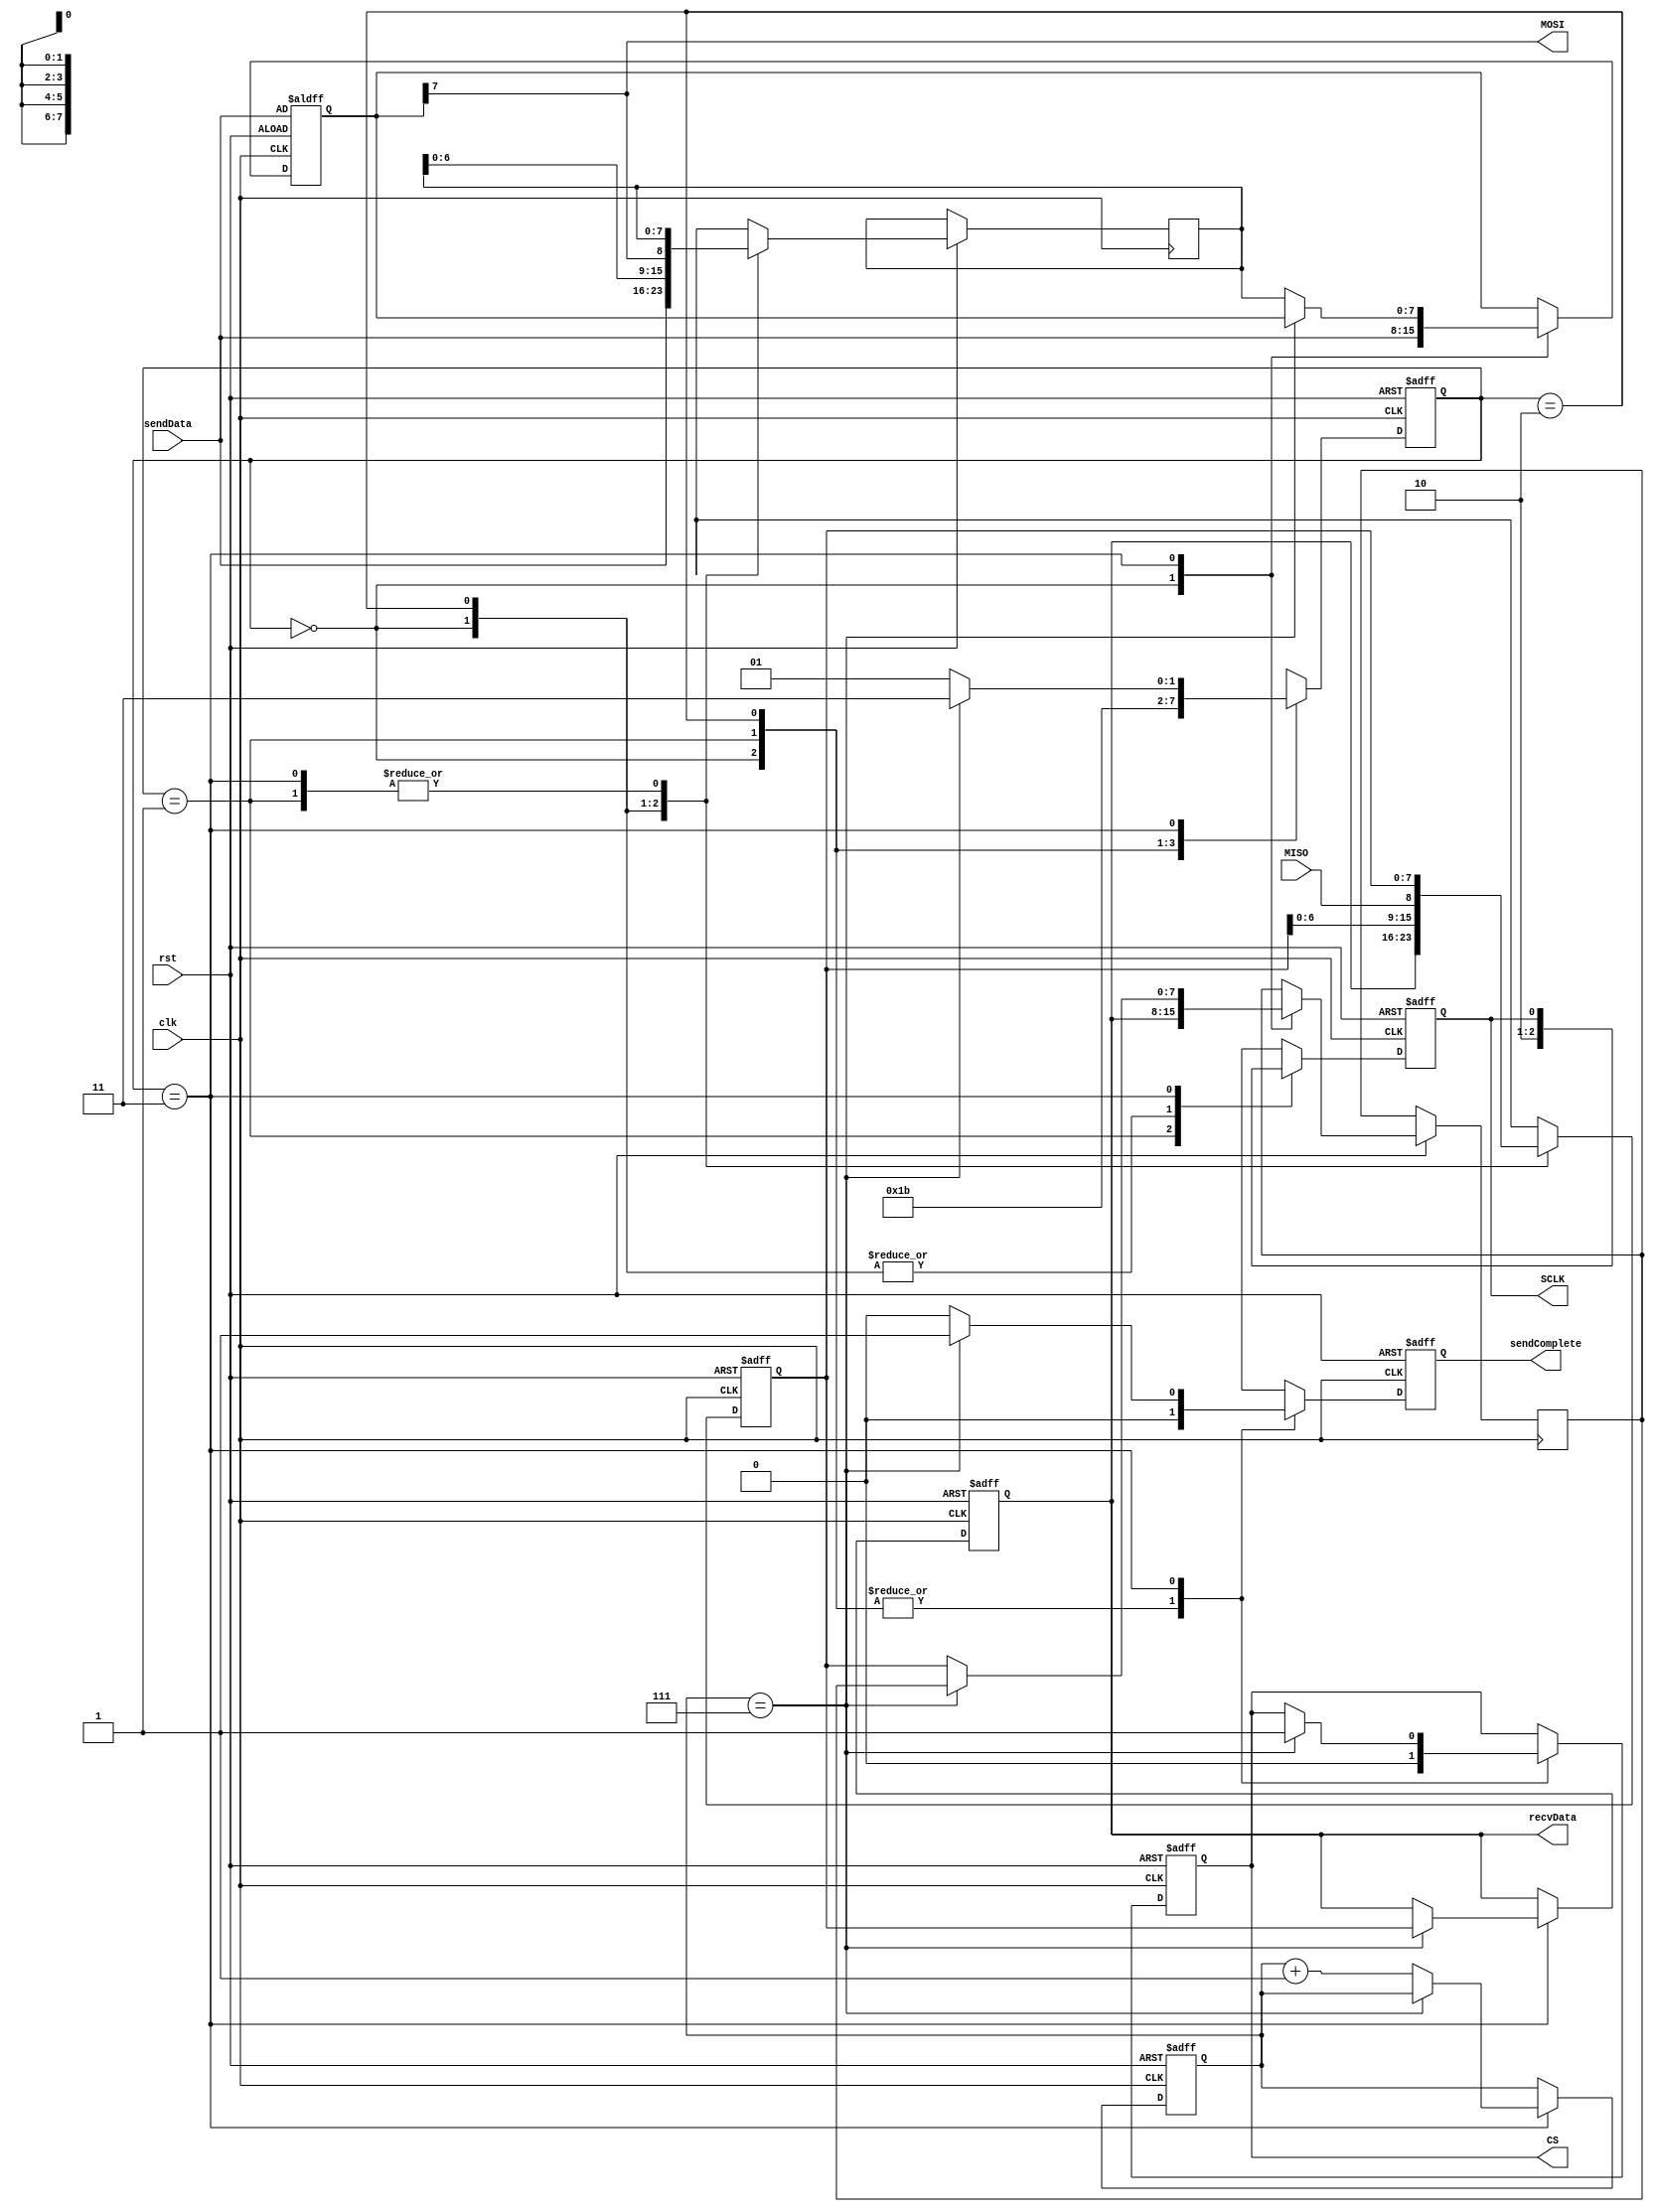

`timescale 1ns / 1ps

module SPI_Transmitter #(
    parameter SPI_DATALENGTH = 4'd8 //
)
(
    input clk,
    input rst,
    output reg sendComplete,
    output MOSI,
    output reg SCLK,
    output reg CS,
    input MISO,
    input [7:0] sendData,
    output reg [7:0] recvData
);
    reg [7:0] sendData_reg;
reg [7:0] recvData_reg;  //
    reg[4:0] counter;
    reg[1:0] state;
    localparam DEFSTATE   = 2'b00;
    localparam CLKUP      = 2'b01;
    localparam CLKDOWN    = 2'b10;
    localparam DATACHANGE = 2'b11;
    
    assign MOSI = sendData_reg[7];
    assign MISO = recvData_reg[7]; //
    reg[7:0] recvData_tmp;
    reg[7:0] sentData_tmp;        //

    always @(posedge clk or negedge rst)begin
        if(rst == 1'b0)begin
            sendComplete <= 1'b0;
            recvData <= 8'b0000_0000;
            recvData_tmp <= 8'b0000_0000;
            SCLK     <= 1'b0;
            CS       <= 1'b1;
            counter  <= 4'b0000;
            sendData_reg <= sendData; // default 0 or leavin it as shown
            state <= DEFSTATE;
        end else begin
            case (state)
                DEFSTATE : begin
                    sendComplete <= 1'b0;
                    SCLK  <= 1'b0;
                    CS    <= 1'b0;
                    state <= CLKUP;
                    recvData_reg <= recvData;
		    sendData_reg <= sendData;
                    recvData_tmp <= recvData;
                    sentData_tmp <= sendData;
                end
                CLKUP : begin
                    sendComplete <= 1'b0;
                    SCLK  <= 1'b1;
                    CS    <= 1'b0;
                    state <= CLKDOWN;
                    recvData <= recvData;         // 
                    recvData_tmp <= recvData_tmp;
                    sentData_tmp <= sentData_tmp; //
                end
                CLKDOWN : begin
                    sendComplete <= 1'b0;
                    SCLK  <= 1'b0;
                    CS    <= 1'b0;
                    state <= DATACHANGE;
                    recvData_tmp <= {recvData_tmp[6:0],MISO};
		    sentData_tmp <= {sentData_tmp[6:0],MOSI};
                    recvData <= recvData;
                end
                DATACHANGE : begin
                    SCLK <= SCLK;
                    recvData_tmp <= recvData_tmp;
		    sentData_tmp <= sentData_tmp;
                    if (counter == SPI_DATALENGTH - 4'b0001)begin
                        sendComplete <= 1'b1;
                        CS           <= 1'b1;
                        state        <= DATACHANGE;
                        counter      <= counter;
                        recvData     <= recvData_tmp;
                    end else begin
                        sendComplete <= 1'b0;
                        sendData_reg <= sentData_tmp;
                        recvData_reg <= recvData_tmp;
                        state        <= CLKUP;
                        counter      <= counter + 4'b0001;
                        recvData     <= recvData;
                    end
                end
                default :
                    SCLK <= 1'b0;
            endcase
        end
    end
endmodule